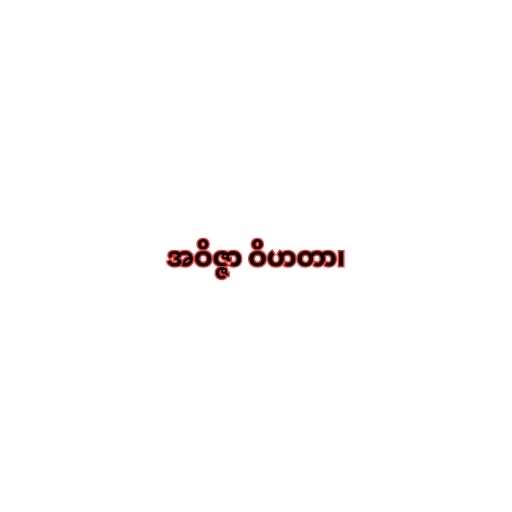
အဝိဇ္ဇာ ဝိဟတာ၊